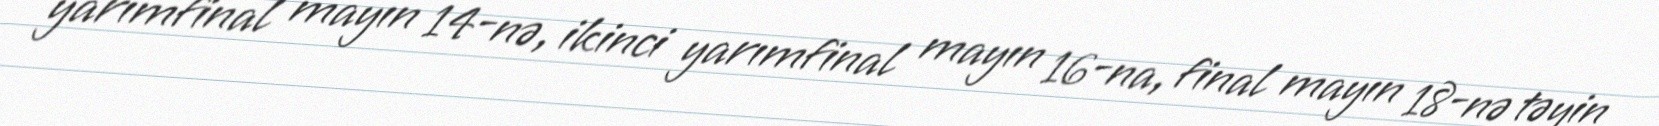
yarımfinal mayın 14-nə, ikinci yarımfinal mayın 16-na, final mayın 18-nə təyin